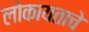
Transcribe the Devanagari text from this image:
लोकायताचे